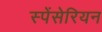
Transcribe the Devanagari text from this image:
स्पेंसेरियन